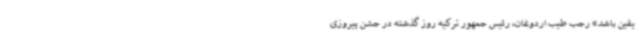
یقین باشد» رجب طیب اردوغان، رئیس جمهور ترکیه روز گذشته در جشن پیروزی